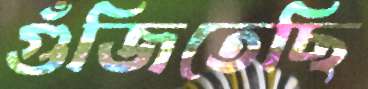
গুঁজিতেছি